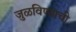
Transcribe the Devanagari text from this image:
जुळविण्याची